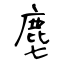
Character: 麀